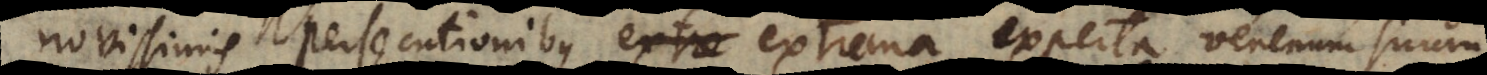
novissimis persecutionibus extrema experta venenum suum